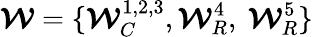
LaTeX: \boldsymbol{\mathcal{W}}=\{ \boldsymbol{\mathcal{W}}_{C}^{1,2,3},\boldsymbol{\mathcal{W}}_{R}^{4},~\boldsymbol{\mathcal{W}}_{R}^{5}\}